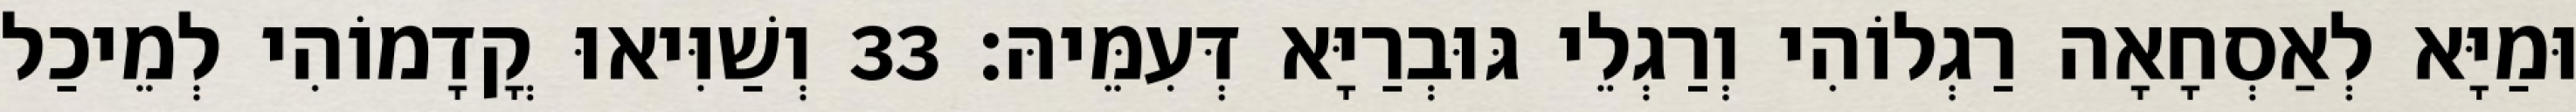
וּמַיָּא לְאַסְחָאָה רַגְלוֹהִי וְרַגְלֵי גּוּבְרַיָּא דְּעִמֵּיהּ׃ 33 וְשַׁוִּיאוּ קֳדָמוֹהִי לְמֵיכַל